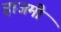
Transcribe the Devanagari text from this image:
हाजमी